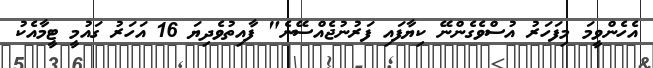
އެހެންވީމަ މިފަހަރު އުސްވެގެންނޭ ކިޔާފައި ފަރުނުޖެއްސޭނެ" ފާއިތުވެދިޔަ 16 އަހަރު ގައުމީ ޓީމާއެކު